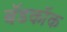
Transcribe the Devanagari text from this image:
बॅडकॉक